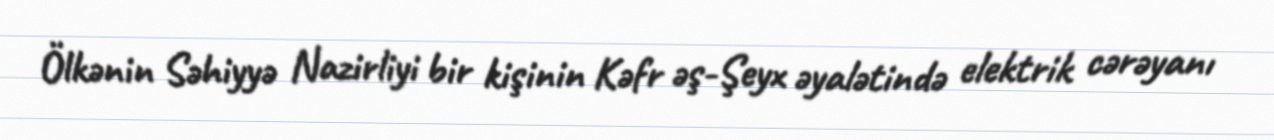
Ölkənin Səhiyyə Nazirliyi bir kişinin Kəfr əş-Şeyx əyalətində elektrik cərəyanı